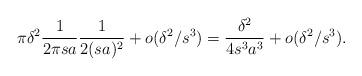
LaTeX: \begin{align*}\pi \delta^2 \frac 1 {2 \pi s a} \frac 1 {2 (s a)^2} + o(\delta^2/s^3)= \frac {\delta^2} {4 s^3 a^3} + o(\delta^2/s^3) .\end{align*}